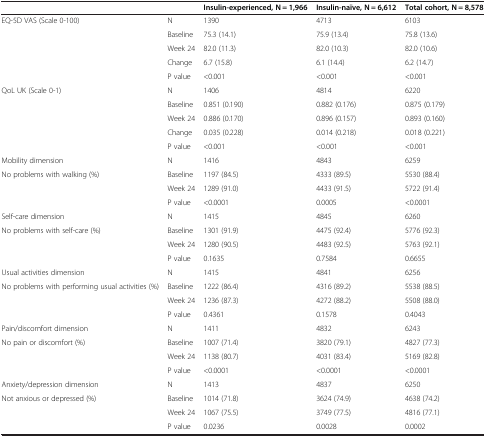
<table><thead><tr><td></td><td></td><td><b>Insulin-experienced, N = 1,966</b></td><td><b>Insulin-naïve, N = 6,612</b></td><td><b>Total cohort, N = 8,578</b></td></tr></thead><tbody><tr><td rowspan="5">EQ-5D VAS (Scale 0-100)</td><td>N</td><td>1390</td><td>4713</td><td>6103</td></tr><tr><td>Baseline</td><td>75.3 (14.1)</td><td>75.9 (13.4)</td><td>75.8 (13.6)</td></tr><tr><td>Week 24</td><td>82.0 (11.3)</td><td>82.0 (10.3)</td><td>82.0 (10.6)</td></tr><tr><td>Change</td><td>6.7 (15.8)</td><td>6.1 (14.4)</td><td>6.2 (14.7)</td></tr><tr><td>P value</td><td>&lt;0.001</td><td>&lt;0.001</td><td>&lt;0.001</td></tr><tr><td rowspan="5">QoL UK (Scale 0-1)</td><td>N</td><td>1406</td><td>4814</td><td>6220</td></tr><tr><td>Baseline</td><td>0.851 (0.190)</td><td>0.882 (0.176)</td><td>0.875 (0.179)</td></tr><tr><td>Week 24</td><td>0.886 (0.170)</td><td>0.896 (0.157)</td><td>0.893 (0.160)</td></tr><tr><td>Change</td><td>0.035 (0.228)</td><td>0.014 (0.218)</td><td>0.018 (0.221)</td></tr><tr><td>P value</td><td>&lt;0.001</td><td>&lt;0.001</td><td>&lt;0.001</td></tr><tr><td>Mobility dimension</td><td>N</td><td>1416</td><td>4843</td><td>6259</td></tr><tr><td rowspan="3">No problems with walking (%)</td><td>Baseline</td><td>1197 (84.5)</td><td>4333 (89.5)</td><td>5530 (88.4)</td></tr><tr><td>Week 24</td><td>1289 (91.0)</td><td>4433 (91.5)</td><td>5722 (91.4)</td></tr><tr><td>P value</td><td>&lt;0.0001</td><td>0.0005</td><td>&lt;0.0001</td></tr><tr><td>Self-care dimension</td><td>N</td><td>1415</td><td>4845</td><td>6260</td></tr><tr><td rowspan="3">No problems with self-care (%)</td><td>Baseline</td><td>1301 (91.9)</td><td>4475 (92.4)</td><td>5776 (92.3)</td></tr><tr><td>Week 24</td><td>1280 (90.5)</td><td>4483 (92.5)</td><td>5763 (92.1)</td></tr><tr><td>P value</td><td>0.1635</td><td>0.7584</td><td>0.6655</td></tr><tr><td>Usual activities dimension</td><td>N</td><td>1415</td><td>4841</td><td>6256</td></tr><tr><td rowspan="3">No problems with performing usual activities (%)</td><td>Baseline</td><td>1222 (86.4)</td><td>4316 (89.2)</td><td>5538 (88.5)</td></tr><tr><td>Week 24</td><td>1236 (87.3)</td><td>4272 (88.2)</td><td>5508 (88.0)</td></tr><tr><td>P value</td><td>0.4361</td><td>0.1578</td><td>0.4043</td></tr><tr><td>Pain/discomfort dimension</td><td>N</td><td>1411</td><td>4832</td><td>6243</td></tr><tr><td rowspan="3">No pain or discomfort (%)</td><td>Baseline</td><td>1007 (71.4)</td><td>3820 (79.1)</td><td>4827 (77.3)</td></tr><tr><td>Week 24</td><td>1138 (80.7)</td><td>4031 (83.4)</td><td>5169 (82.8)</td></tr><tr><td>P value</td><td>&lt;0.0001</td><td>&lt;0.0001</td><td>&lt;0.0001</td></tr><tr><td>Anxiety/depression dimension</td><td>N</td><td>1413</td><td>4837</td><td>6250</td></tr><tr><td rowspan="3">Not anxious or depressed (%)</td><td>Baseline</td><td>1014 (71.8)</td><td>3624 (74.9)</td><td>4638 (74.2)</td></tr><tr><td>Week 24</td><td>1067 (75.5)</td><td>3749 (77.5)</td><td>4816 (77.1)</td></tr><tr><td>P value</td><td>0.0236</td><td>0.0028</td><td>0.0002</td></tr></tbody></table>